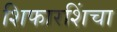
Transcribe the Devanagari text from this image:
शिफारशिंचा